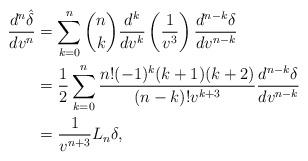
LaTeX: \begin{align*} \frac{d^n\hat{\delta}}{dv^n}&=\sum_{k=0}^n\binom{n}{k}\frac{d^k}{dv^k}\left(\frac{1}{v^3}\right)\frac{d^{n-k}\delta}{dv^{n-k}}\\&=\frac{1}{2}\sum_{k=0}^n\frac{n!(-1)^k(k+1)(k+2)}{(n-k)!v^{k+3}}\frac{d^{n-k}\delta}{dv^{n-k}}\\&=\frac{1}{v^{n+3}}L_n\delta,\end{align*}